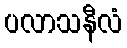
ပလာသနီလံ